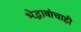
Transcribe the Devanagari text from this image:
भेद्भावांचाही